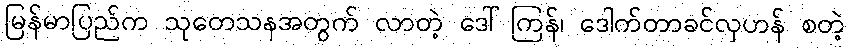
မြန်မာပြည်က သုတေသနအတွက် လာတဲ့ ဒေါ်ကြန်၊ ဒေါက်တာခင်လှဟန် စတဲ့